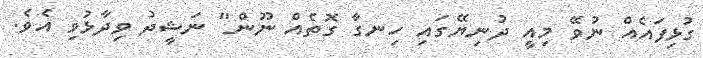
ގުޅިފައެއް ނުވޭ މިއީ ދުނިޔޭގައި ހިނގާ ގޮތެއް ނޫން" ނަޝީދު ވިދާޅުވި އެވެ.